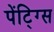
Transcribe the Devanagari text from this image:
पेंटि्ग्स